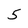
Character: 5